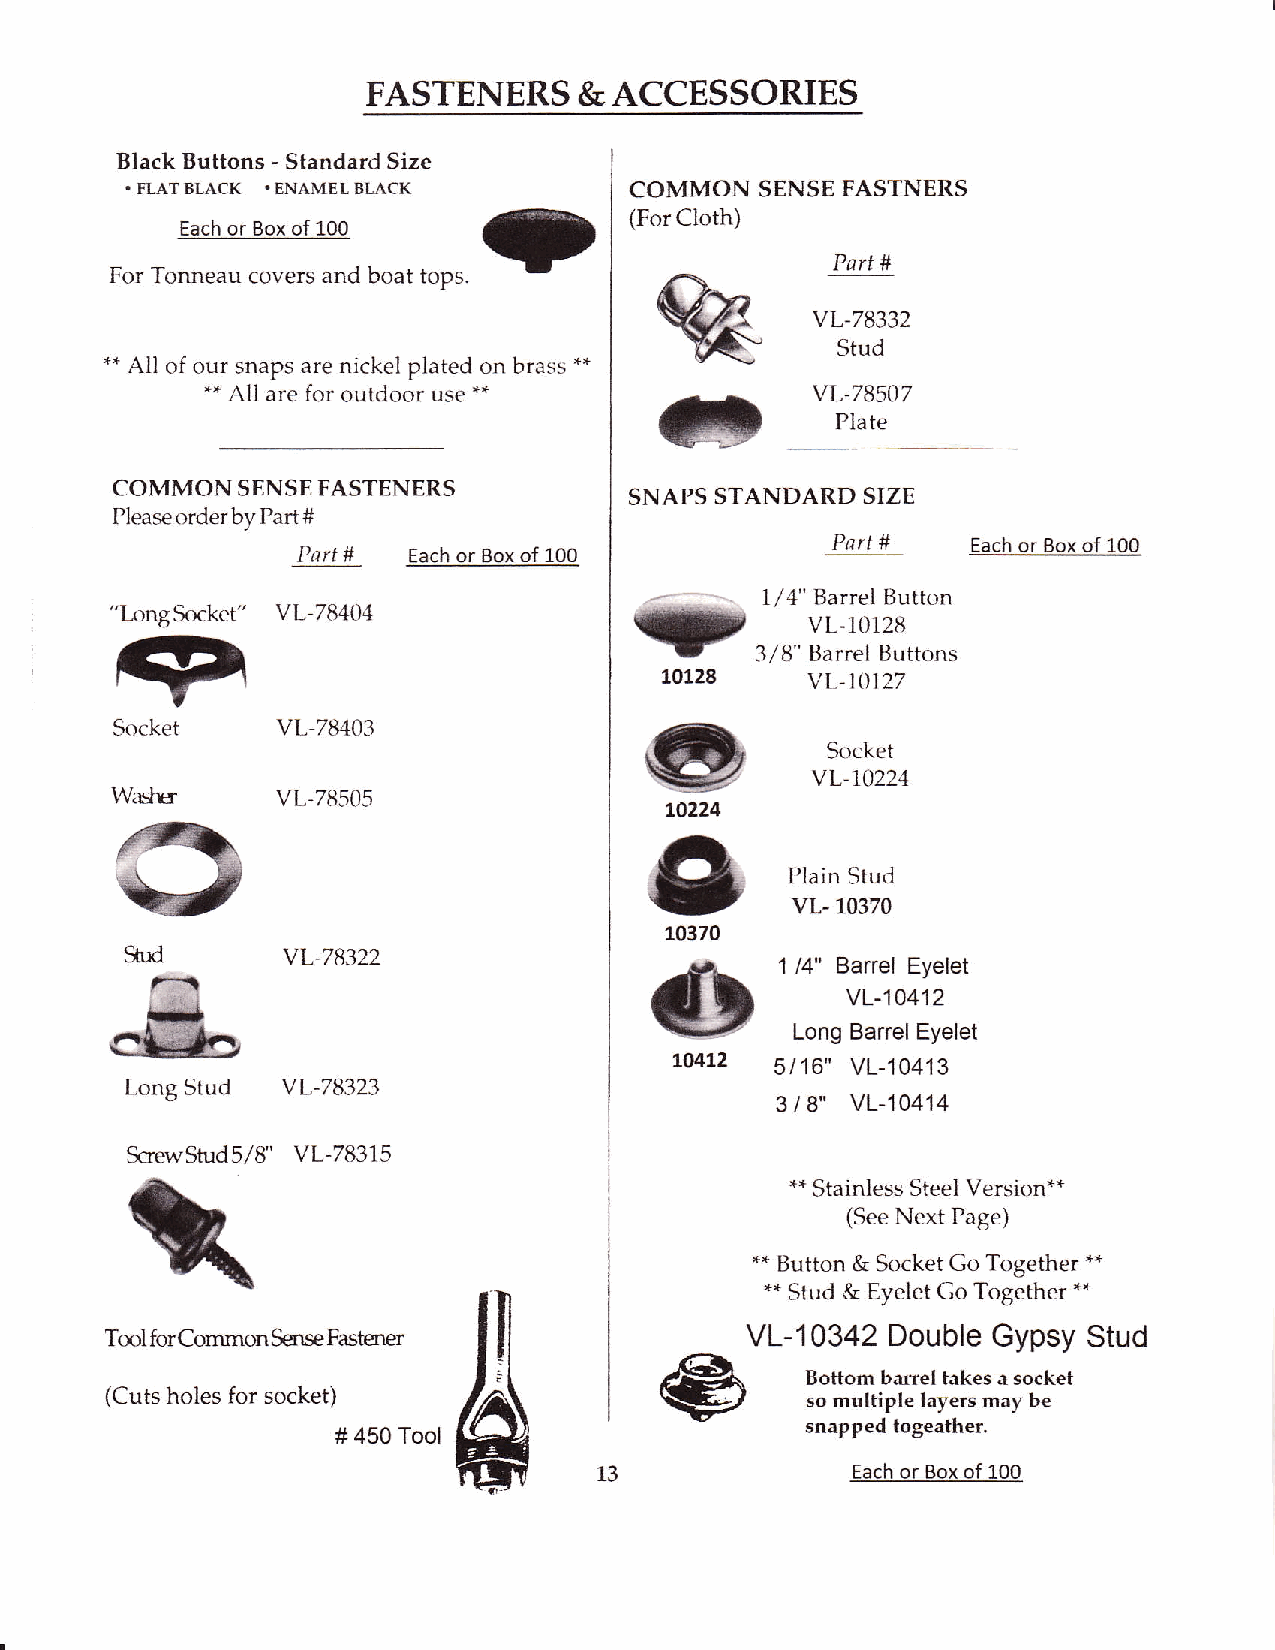
FASTENERS     &  ACCESSORIES
 Black Buttons - Standard Size
 . FLAT BLACK . ENAMEL BLACK       COMMON  SENSE FASTNERS
 (For Cloih)
 Each or Box of 100
 Part #
 For Tonneau covers and boat tops.
 vL-78332
 Stud
 ** All of our snaps are nickel plated on brass **
 ** All are for outdoor use **           vL-78507
 Plate
 COMMON   SENSE FASTENERS           SNAPS STANDARD SIZE
 Please order by Part #
 Part #   Each or Box of 100
 Part # tacn or box oT ruu
 ?
 ,?a.=-- 1/4" Barrel Button
 "l,ong Srrket" vL.78404
 GET                                           vL-10128
 3/8" Barrel Buttons
 'Yt                                 t0L2a    vL-10127
 G
 Socket    vL-78403
 Socket
 vL-70224
 Wir*E      vL-78505
 to224
 ^       Plain Stud
 vL- 10370
 10370
 *&          vL-78322                - .t     1 /4" Barrel Eyelet
 -L
 vL-10412
 Long Barrel Eyelet
 LO4L2 5/16" VL-10413
 Long Stud  vL-78323
 t                                         3/8"
 vL-10414
 ScrewStud5/8' vL-78315
 **
 Stainless Steel Version**
 (See Next Page)
 nn Button & Socket Go Together **
 *. Stud & Eyelet Go Together **
 Tml forCommon Sense Fastmer               VL-10342  Double Gypsy Stud
 Bottom barrel takes a socket
 (Cuis holes for socket)                       so multiple layers may be
 snapped togeather.
 # 450 Tool
 13              Each or Box of 100